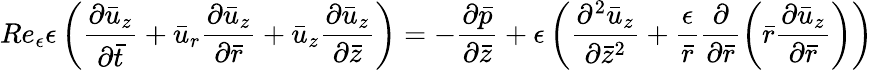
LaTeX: Re_{\epsilon}{\epsilon}\left(\frac{{\partial}\bar{u}_{z}}{{\partial}\bar{t}}+\bar{u}_{r}\frac{{\partial}\bar{u}_{z}}{{\partial}\bar{r}}+\bar{u}_{z}\frac{{\partial}\bar{u}_{z}}{{\partial}\bar{z}}\right)=-\frac{{\partial}\bar{p}}{{\partial}\bar{z}}+{\epsilon}\left(\frac{{\partial}^{2}\bar{u}_{z}}{{\partial}\bar{z}^{2}}+\frac{\epsilon}{\bar{r}}\frac{{\partial}}{{\partial}\bar{r}}\left(\bar{r}\frac{{\partial}\bar{u}_{z}}{{\partial}\bar{r}}\right)\right)